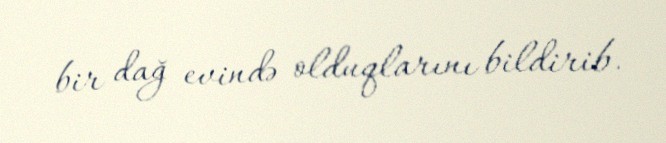
bir dağ evində olduqlarını bildirib.